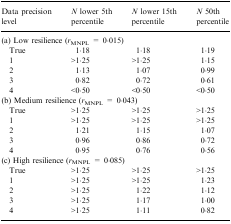
<table><thead><tr><td><b>Data precision level</b></td><td><b><i>N</i> lower 5th percentile</b></td><td><b><i>N</i> lower 15th percentile</b></td><td><b><i>N</i> 50th percentile</b></td></tr></thead><tbody><tr><td colspan="4">(a) Low resilience (<i>r</i><sub>MNPL</sub> = 0·015)</td></tr><tr><td>True</td><td>1·18</td><td>1·18</td><td>1·19</td></tr><tr><td>1</td><td>&gt;1·25</td><td>&gt;1·25</td><td>1·15</td></tr><tr><td>2</td><td>1·13</td><td>1·07</td><td>0·99</td></tr><tr><td>3</td><td>0·82</td><td>0·72</td><td>0·61</td></tr><tr><td>4</td><td>&lt;0·50</td><td>&lt;0·50</td><td>&lt;0·50</td></tr><tr><td colspan="4">(b) Medium resilience (<i>r</i><sub>MNPL</sub> = 0·043)</td></tr><tr><td>True</td><td>&gt;1·25</td><td>&gt;1·25</td><td>&gt;1·25</td></tr><tr><td>1</td><td>&gt;1·25</td><td>&gt;1·25</td><td>&gt;1·25</td></tr><tr><td>2</td><td>1·21</td><td>1·15</td><td>1·07</td></tr><tr><td>3</td><td>0·96</td><td>0·86</td><td>0·72</td></tr><tr><td>4</td><td>0·95</td><td>0·76</td><td>0·56</td></tr><tr><td colspan="4">(c) High resilience (<i>r</i><sub>MNPL</sub> = 0·085)</td></tr><tr><td>True</td><td>&gt;1·25</td><td>&gt;1·25</td><td>&gt;1·25</td></tr><tr><td>1</td><td>&gt;1·25</td><td>&gt;1·25</td><td>1·23</td></tr><tr><td>2</td><td>&gt;1·25</td><td>1·22</td><td>1·12</td></tr><tr><td>3</td><td>&gt;1·25</td><td>1·17</td><td>1·00</td></tr><tr><td>4</td><td>&gt;1·25</td><td>1·11</td><td>0·82</td></tr></tbody></table>